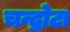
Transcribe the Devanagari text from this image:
चन्द्रोटा